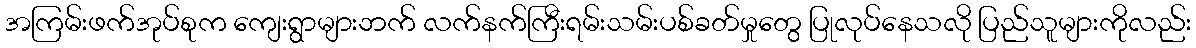
အကြမ်းဖက်အုပ်စုက ကျေးရွာများဘက် လက်နက်ကြီးရမ်းသမ်းပစ်ခတ်မှုတွေ ပြုလုပ်နေသလို ပြည်သူများကိုလည်း